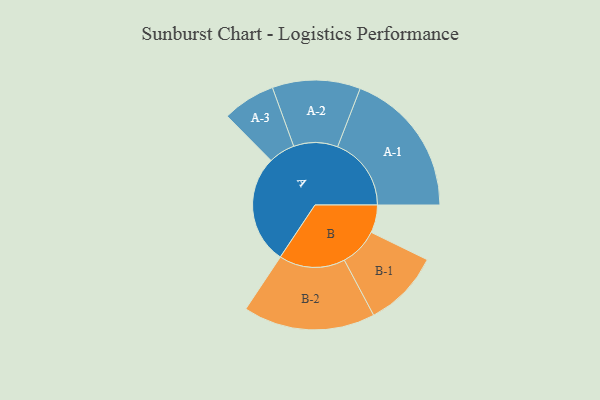
{"axis": {"x": "Segment", "y": "Value"}, "legend": ["", "A", "B"], "data": [{"x": "A", "y": 415, "type": ""}, {"x": "B", "y": 106, "type": ""}, {"x": "A-1", "y": 281, "type": "A"}, {"x": "A-2", "y": 168, "type": "A"}, {"x": "A-3", "y": 101, "type": "A"}, {"x": "B-1", "y": 147, "type": "B"}, {"x": "B-2", "y": 252, "type": "B"}]}